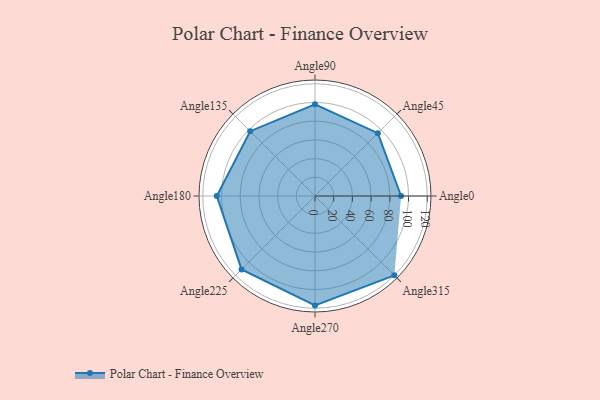
{"axis": {"x": "Angle", "y": "Radius"}, "legend": [""], "data": [{"x": "Angle0", "y": 92.0, "type": ""}, {"x": "Angle45", "y": 95.0, "type": ""}, {"x": "Angle90", "y": 98.0, "type": ""}, {"x": "Angle135", "y": 98.0, "type": ""}, {"x": "Angle180", "y": 105.0, "type": ""}, {"x": "Angle225", "y": 111.0, "type": ""}, {"x": "Angle270", "y": 117.0, "type": ""}, {"x": "Angle315", "y": 120.0, "type": ""}]}